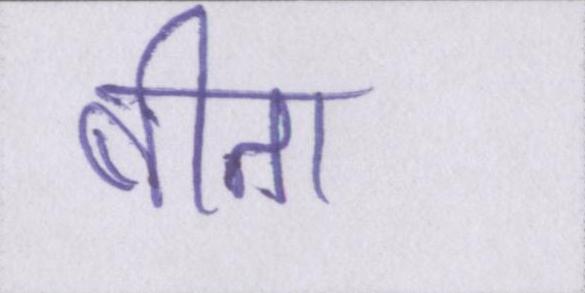
बीता